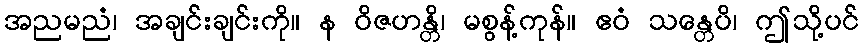
အညမညံ၊ အချင်းချင်းကို။ န ဝိဇဟန္တိ၊ မစွန့်ကုန်။ ဧဝံ သန္တေပိ၊ ဤသို့ပင်